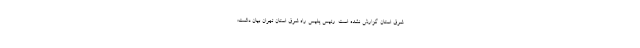
شرق استان گزارش نشده است. رئیس پلیس راه شرق استان تهران بیان داشت: